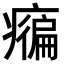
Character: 𤺇